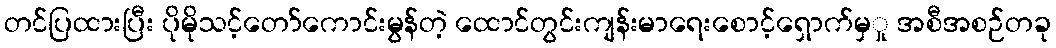
တင်ပြထားပြီး ပိုမိုသင့်တော်ကောင်းမွန်တဲ့ ထောင်တွင်းကျန်းမာရေးစောင့်ရှောက်မှှု အစီအစဉ်တခု